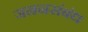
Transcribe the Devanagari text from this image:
जननसंबंध